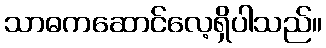
သာဓကဆောင်လေ့ရှိပါသည်။